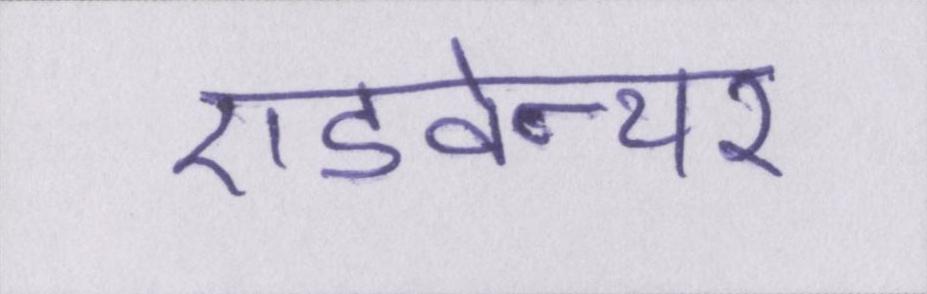
एडवेन्चर